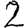
Digit: 2